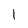
Character: l